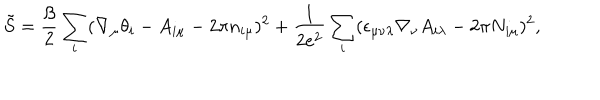
LaTeX: \tilde { S } = \frac { \beta } { 2 } \sum _ { i } ( \nabla _ { \mu } \theta _ { i } - A _ { i \mu } - 2 \pi n _ { i \mu } ) ^ { 2 } + \frac { 1 } { 2 e ^ { 2 } } \sum _ { i } ( \epsilon _ { \mu \nu \lambda } \nabla _ { \nu } A _ { i \lambda } - 2 \pi N _ { i \mu } ) ^ { 2 } ,